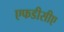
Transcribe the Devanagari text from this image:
एफडीसीए